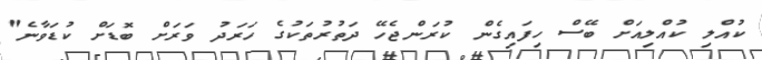
ކުއްލި ކުއްލިއަށް ބޭސް ހިފައިގެން ކުރަންޖެހޭ ދަތުރުތަކުގެ ހަރަދު ވަރަށް ބޮޑަށް ކުޑަވާނެ"